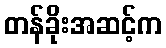
တန်ခိုးအဆင့်က